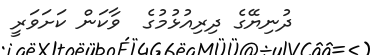
ދުނިޔޭގެ ދިރިއުޅުމުގެ  ވާކަން ކަށަވަރީ